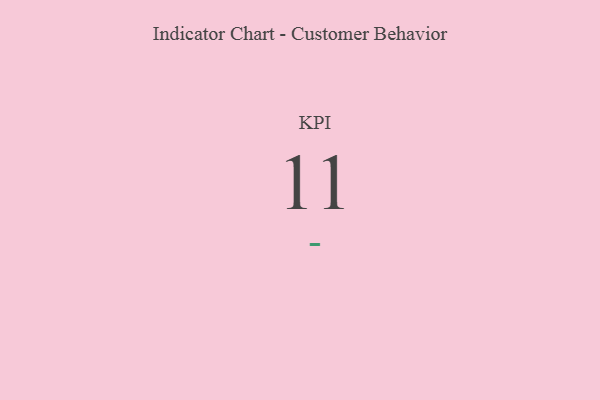
{"axis": {"x": "KPI", "y": "Value"}, "legend": [""], "data": [{"x": "KPI", "y": 11, "type": ""}]}